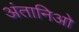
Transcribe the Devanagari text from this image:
अंतानिओ